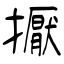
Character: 擫